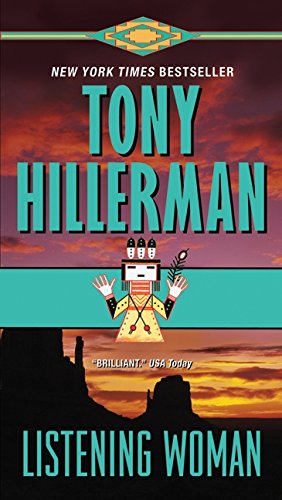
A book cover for Listening Woman; Tony Hillerman; Literature & Fiction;